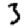
Digit: 3